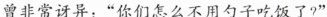
曾非常讶异：”你们怎么不用勺子吃饭了?”